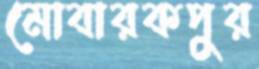
মোবারকপুর